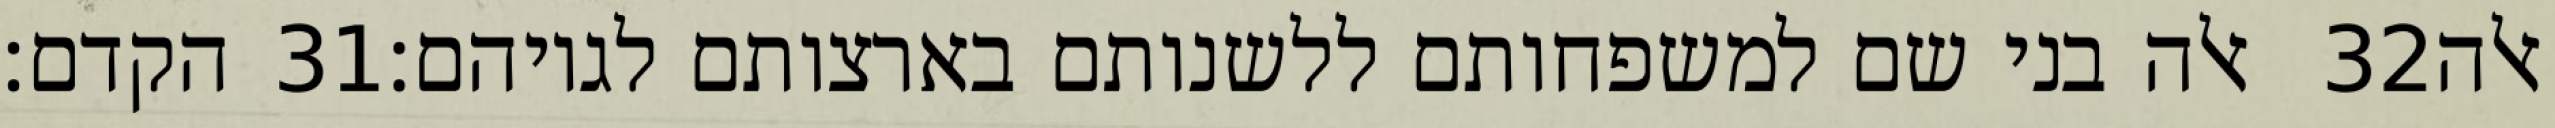
הקדם׃ ‎31‏ אלה בני שם למשפחותם ללשנותם בארצותם לגויהם׃ ‎32‏ אלה